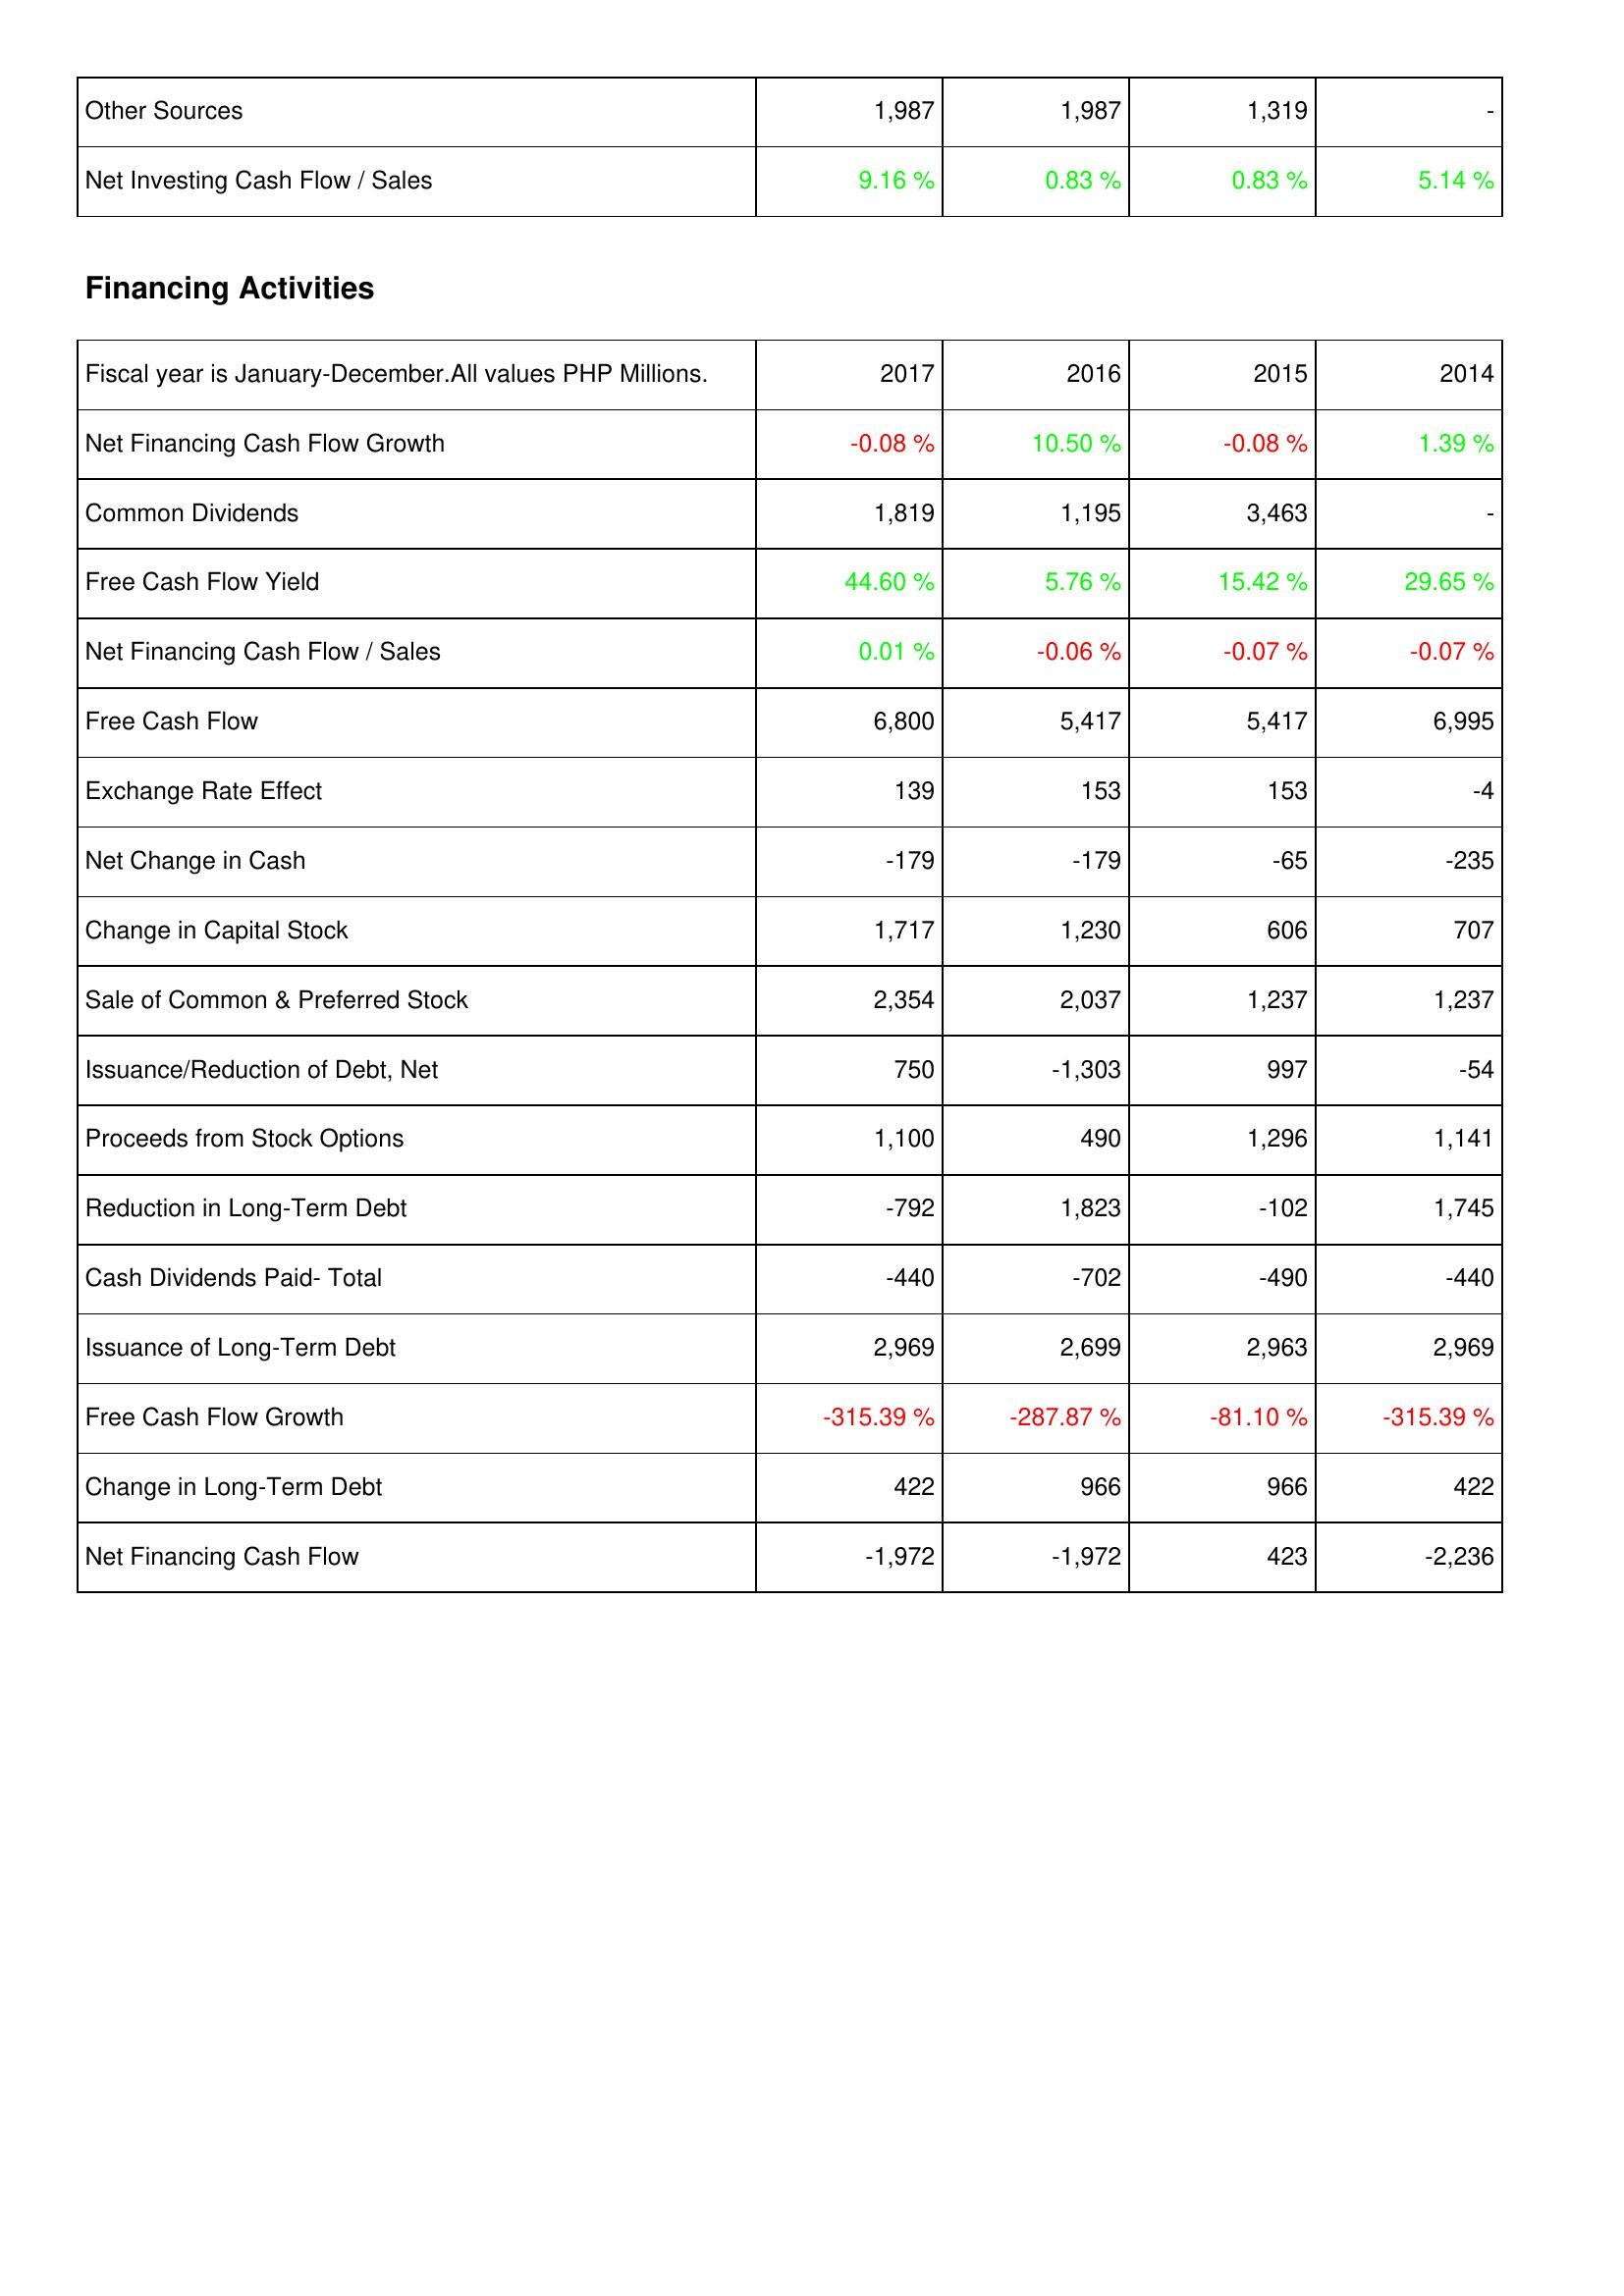
2017: Investing Activities: Other Sources: 1,987
Net Investing Cash Flow / Sales: 9.16 %
Financing Activities: Net Financing Cash Flow Growth: -0.08 %
Common Dividends: 1,819
Free Cash Flow Yield: 44.60 %
Net Financing Cash Flow / Sales: 0.01 %
Free Cash Flow: 6,800
Exchange Rate Effect: 139
Net Change in Cash: -179
Change in Capital Stock: 1,717
Sale of Common & Preferred Stock: 2,354
Issuance/Reduction of Debt, Net: 750
Proceeds from Stock Options: 1,100
Reduction in Long-Term Debt: -792
Cash Dividends Paid- Total: -440
Issuance of Long-Term Debt: 2,969
Free Cash Flow Growth: -315.39 %
Change in Long-Term Debt: 422
Net Financing Cash Flow: -1,972
2016: Investing Activities: Other Sources: 1,987
Net Investing Cash Flow / Sales: 0.83 %
Financing Activities: Net Financing Cash Flow Growth: 10.50 %
Common Dividends: 1,195
Free Cash Flow Yield: 5.76 %
Net Financing Cash Flow / Sales: -0.06 %
Free Cash Flow: 5,417
Exchange Rate Effect: 153
Net Change in Cash: -179
Change in Capital Stock: 1,230
Sale of Common & Preferred Stock: 2,037
Issuance/Reduction of Debt, Net: -1,303
Proceeds from Stock Options: 490
Reduction in Long-Term Debt: 1,823
Cash Dividends Paid- Total: -702
Issuance of Long-Term Debt: 2,699
Free Cash Flow Growth: -287.87 %
Change in Long-Term Debt: 966
Net Financing Cash Flow: -1,972
2015: Investing Activities: Other Sources: 1,319
Net Investing Cash Flow / Sales: 0.83 %
Financing Activities: Net Financing Cash Flow Growth: -0.08 %
Common Dividends: 3,463
Free Cash Flow Yield: 15.42 %
Net Financing Cash Flow / Sales: -0.07 %
Free Cash Flow: 5,417
Exchange Rate Effect: 153
Net Change in Cash: -65
Change in Capital Stock: 606
Sale of Common & Preferred Stock: 1,237
Issuance/Reduction of Debt, Net: 997
Proceeds from Stock Options: 1,296
Reduction in Long-Term Debt: -102
Cash Dividends Paid- Total: -490
Issuance of Long-Term Debt: 2,963
Free Cash Flow Growth: -81.10 %
Change in Long-Term Debt: 966
Net Financing Cash Flow: 423
2014: Investing Activities: Other Sources: -
Net Investing Cash Flow / Sales: 5.14 %
Financing Activities: Net Financing Cash Flow Growth: 1.39 %
Common Dividends: -
Free Cash Flow Yield: 29.65 %
Net Financing Cash Flow / Sales: -0.07 %
Free Cash Flow: 6,995
Exchange Rate Effect: -4
Net Change in Cash: -235
Change in Capital Stock: 707
Sale of Common & Preferred Stock: 1,237
Issuance/Reduction of Debt, Net: -54
Proceeds from Stock Options: 1,141
Reduction in Long-Term Debt: 1,745
Cash Dividends Paid- Total: -440
Issuance of Long-Term Debt: 2,969
Free Cash Flow Growth: -315.39 %
Change in Long-Term Debt: 422
Net Financing Cash Flow: -2,236